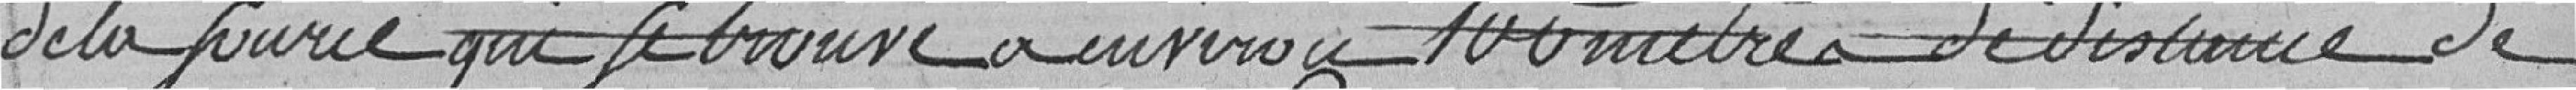
de la source qui se trouve à environ 100 mètres de distance de